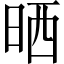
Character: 晒